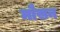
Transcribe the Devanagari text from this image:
मौसन